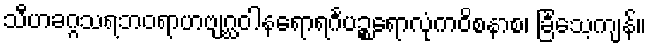
သီဟခဂ္ဂသရဘဝရာဟဗျဂ္ဃဝါနရောရင်္ဂပဉ္စရောလုံကဝိစနာစ၊ ခြင်္သေ့ကျန်။